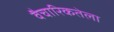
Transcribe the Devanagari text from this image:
वैचारिकतेला